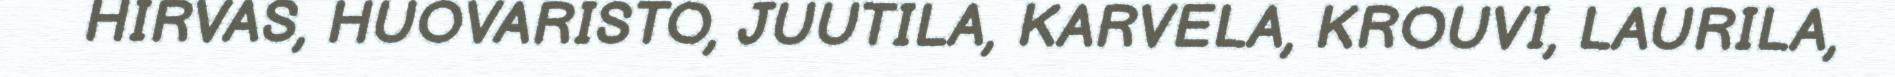
HIRVAS, HUOVARISTO, JUUTILA, KARVELA, KROUVI, LAURILA,